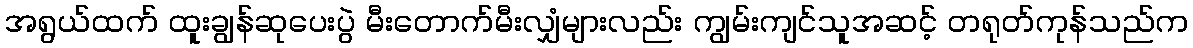
အရွယ်ထက် ထူးချွန်ဆုပေးပွဲ မီးတောက်မီးလျှံများလည်း ကျွမ်းကျင်သူအဆင့် တရုတ်ကုန်သည်က